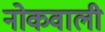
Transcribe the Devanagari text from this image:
नोकवाली